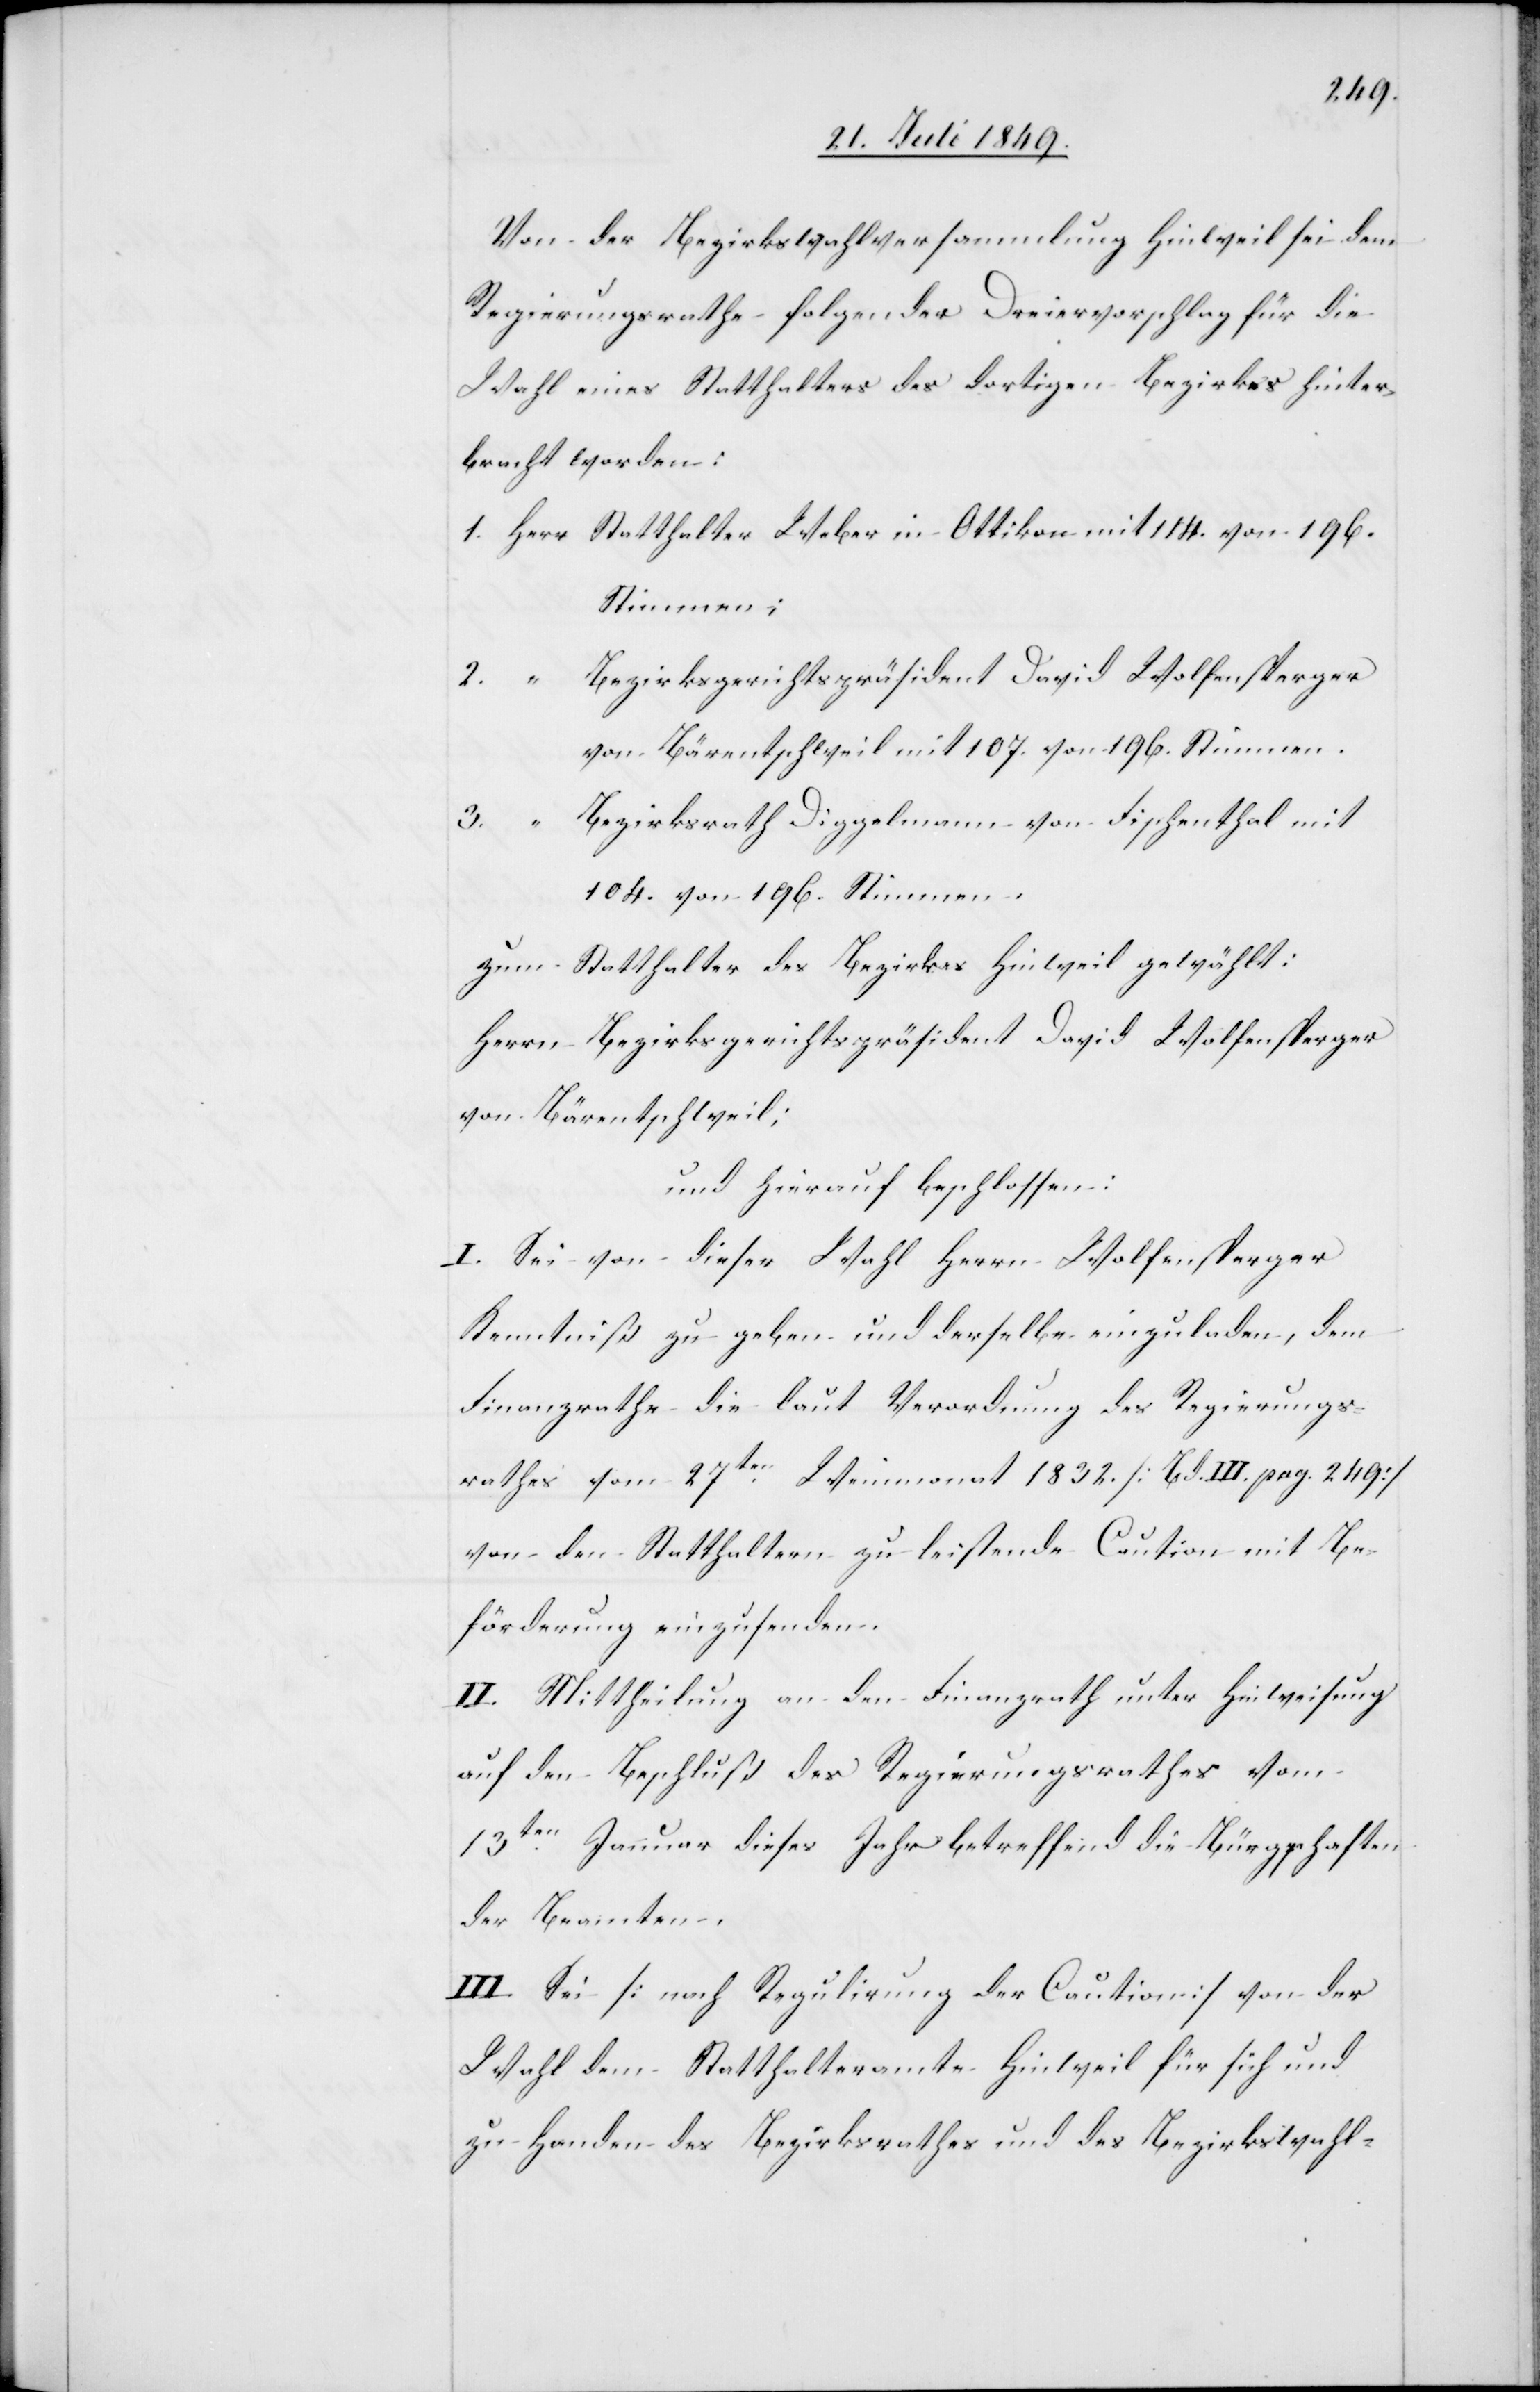
Von der Bezirkswahlversammlung Hinweil sei dem
Regierungsrathe folgender Dreiervorschlag für die
Wahl eines Statthalters des dortigen Bezirkes hinter¬
bracht worden:
1.	Herr	Statthalter Weber in Ottikon mit 114. von 196.
Stimmen.
ezirksgerichtspräsident David Wolfensperger
2.		“	B¬
ezirksrath Diggelmann von Fischenthal mit
3.		“	B¬
104. von 196. Stimmen.
Zum Statthalter des Bezirkes Hinweil gewählt:
Herrn Bezirksgerichtspräsident David Wolfensperger
von Bärentschweil;
und hierauf beschlossen:
I. Sei von dieser Wahl Herrn Wolfensperger
Kenntniß zu geben und derselbe einzuladen, dem
Finanzrathe die laut Verordnung des Regierungs¬
rathes vom 27ten Weinmonat 1832. [Bd. III. pag. 249]
von den Statthaltern zu leistende Caution mit Be¬
förderung einzusenden.
II. Mittheilung an den Finanzrath unter Hinweisung
auf den Beschluß des Regierungsrathes vom
13ten Januar dieses Jahr betreffend die Bürgschaften
der Beamten.
III. Sei [nach Regulirung der Caution] von der
Wahl dem Statthalteramte Hinweil für sich und
zu Handen des Bezirksrathes und des Bezirkswahl-